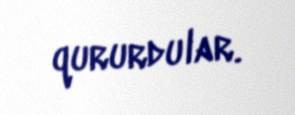
qururdular.